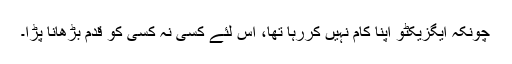
چونکہ ایگزیکٹو اپنا کام نہیں کررہا تھا، اس لئے کسی نہ کسی کو قدم بڑھانا پڑا۔